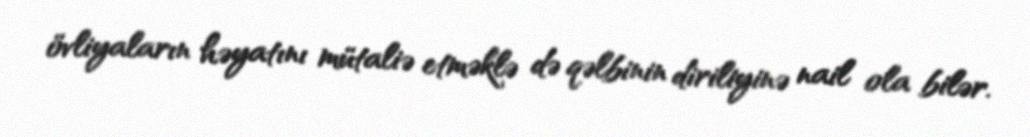
övliyaların həyatını mütaliə etməklə də qəlbinin diriliyinə nail ola bilər.